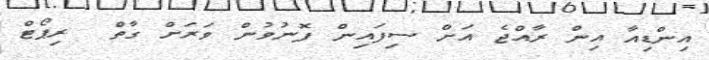
އިންޑިއާ އިން ރާއްޖެ އަށް ސިފައިން ފޮނުވުން ވަރަށް ގާތް  ރިޕޯޓް